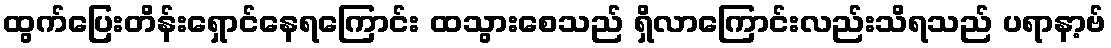
ထွက်ပြေးတိန်းရှောင်နေရကြောင်း ထသွားစေသည် ရှိလာကြောင်းလည်းသိရသည် ပရာနာ့ဗ်